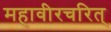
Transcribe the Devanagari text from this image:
महावीरचरित्‌